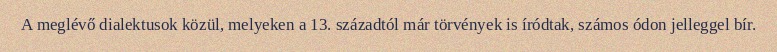
A meglévő dialektusok közül, melyeken a 13. századtól már törvények is íródtak, számos ódon jelleggel bír.